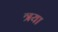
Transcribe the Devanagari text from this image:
त्रया